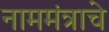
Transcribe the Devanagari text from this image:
नाममंत्राचे